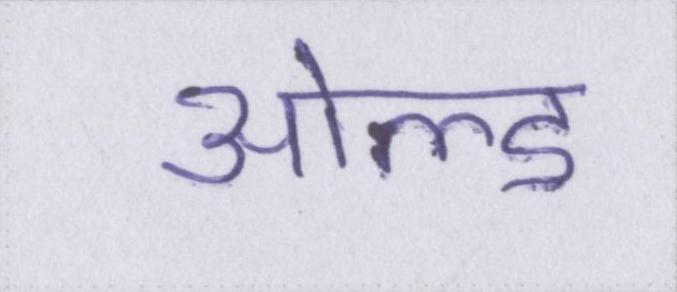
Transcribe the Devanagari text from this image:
ओल्ड